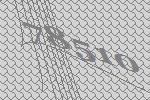
78510